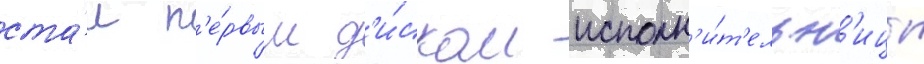
ста́л п'е́рвым д'и́ском исполн'и́т'ельн'ицы